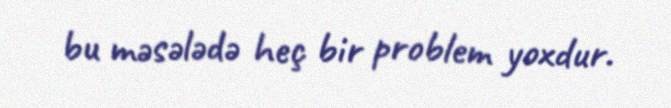
bu məsələdə heç bir problem yoxdur.